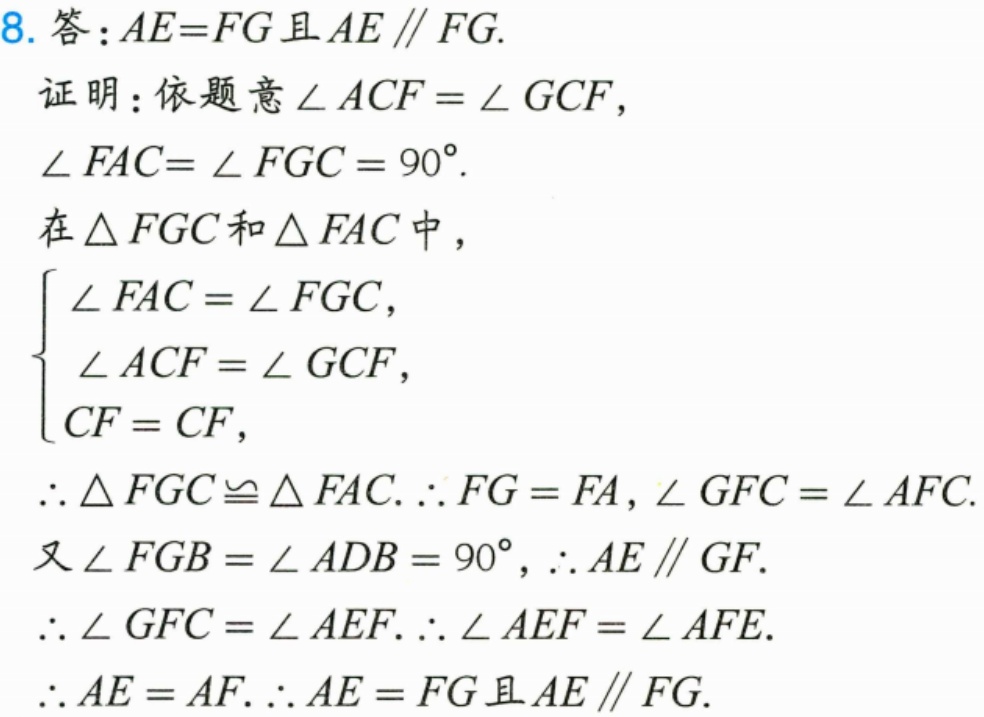
8. 答：\(AE = FG\)且\(AE\parallel FG\).
证明：依题意\(\angle ACF=\angle GCF\)，
\(\angle FAC = \angle FGC = 90^{\circ}\).
在\(\triangle FGC\)和\(\triangle FAC\)中，
\(\begin{cases}
\angle FAC=\angle FGC,\\
\angle ACF=\angle GCF,\\
CF = CF,
\end{cases}\)
\(\therefore\triangle FGC\cong\triangle FAC.\therefore FG = FA,\angle GFC=\angle AFC\).
又\(\angle FGB=\angle ADB = 90^{\circ},\therefore AE\parallel GF\).
\(\therefore\angle GFC=\angle AEF.\therefore\angle AEF=\angle AFE\).
\(\therefore AE = AF.\therefore AE = FG\)且\(AE\parallel FG\).